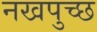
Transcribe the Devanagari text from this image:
नखपुच्छ